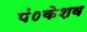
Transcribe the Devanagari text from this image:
पं०केशव